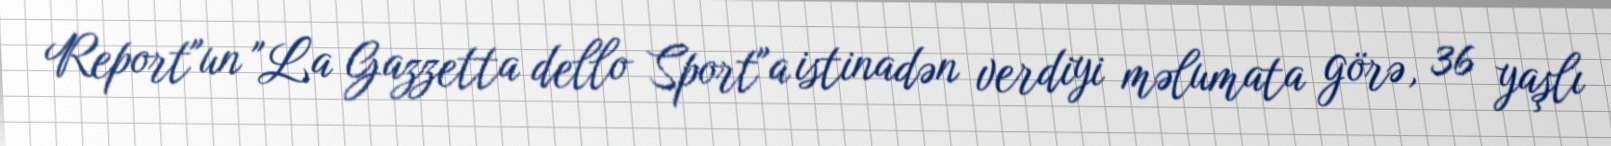
Report"un "La Gazzetta dello Sport"a istinadən verdiyi məlumata görə, 36 yaşlı